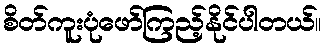
စိတ်ကူးပုံဖော်ကြည့်နိုင်ပါတယ်။